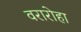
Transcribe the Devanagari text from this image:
वरारोहा